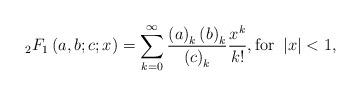
LaTeX: \begin{align*}{}_{2}F_{1}\left(a,b;c;x\right)=\sum_{k=0}^{\infty}\frac{\left(a\right)_{k}\left(b\right)_{k}}{\left(c\right)_{k}}\frac{x^{k}}{k!}, {\rm for}\;\; |x|<1,\end{align*}